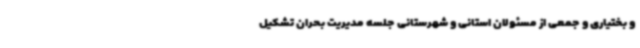
و بختیاری و جمعی از مسئولان استانی و شهرستانی جلسه مدیریت بحران تشکیل